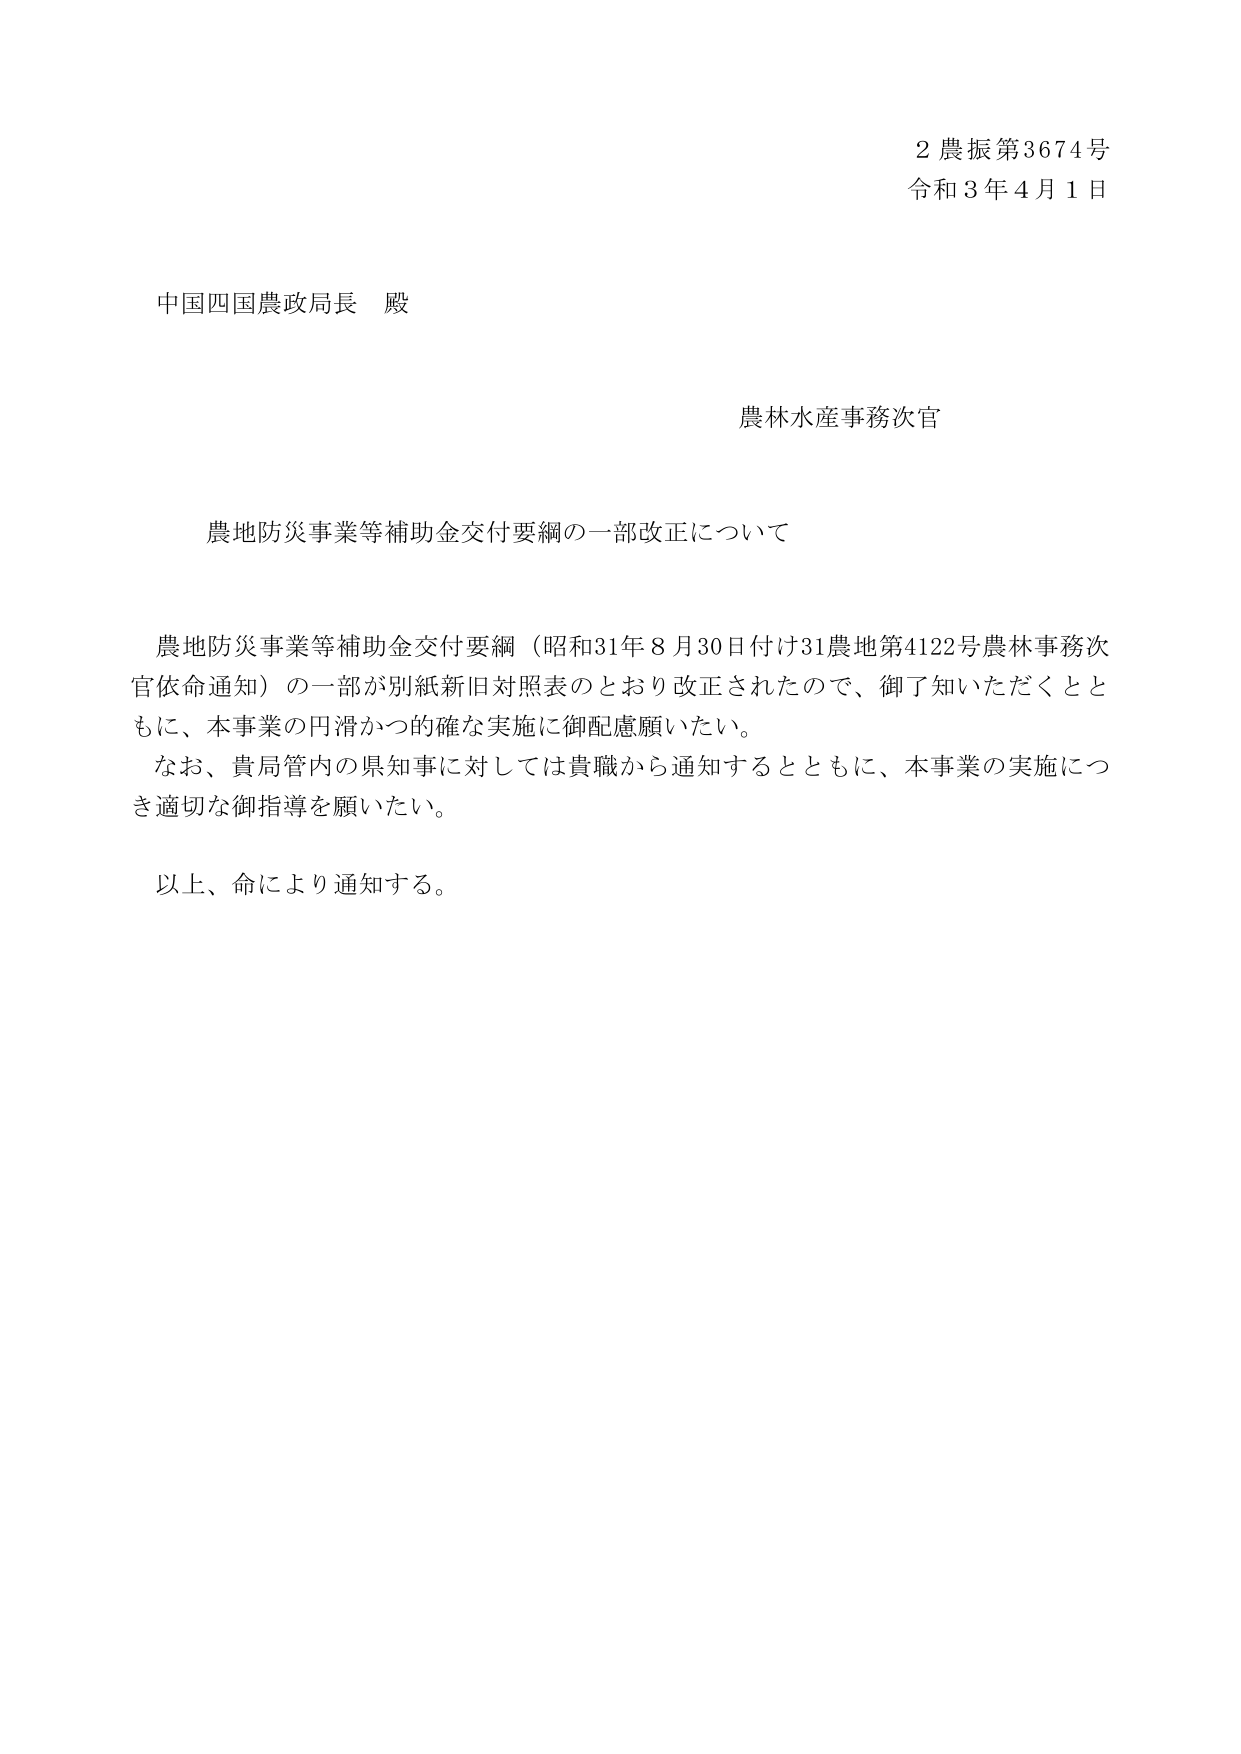
2 農振第3674号
令和3年4月1日

中国四国農政局長 殿

農林水産事務次官

農地防災事業等補助金交付要綱の一部改正について

農地防災事業等補助金交付要綱（昭和31年8月30日付け31農地第4122号農林事務次官依命通知）の一部が別紙新旧対照表のとおり改正されたので、御了知いただくとともに、本事業の円滑かつ的確な実施に御配慮願いたい。
なお、貴局管内の県知事に対しては貴職から通知するとともに、本事業の実施につき適切な御指導を願いたい。

以上、命により通知する。